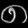
Digit: ၈